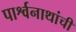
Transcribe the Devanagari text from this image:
पार्श्वनाथांची